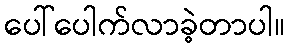
ပေါ်ပေါက်လာခဲ့တာပါ။